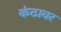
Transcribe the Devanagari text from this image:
कंठावर